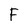
Character: F